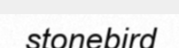
stonebird